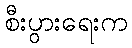
စီးပွားရေးက